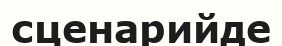
сценарийде